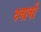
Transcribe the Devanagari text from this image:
दवावों